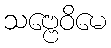
သဗ္ဗေဝိမေ